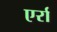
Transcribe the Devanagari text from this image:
एर्रा